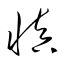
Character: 慎